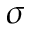
\sigma